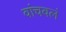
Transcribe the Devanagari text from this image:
वांचवलं